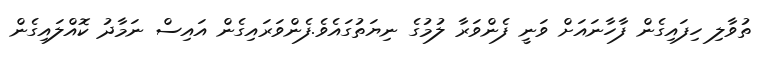
ތުވާލި ހިފައިގެން ފާހާނައަށް ވަނީ ފެންވަރާ ލުމުގެ ނިޔަތުގައެވެ.ފެންވަރައިގެން އައިސް ނަމާދު ކޮއްލައިގެން